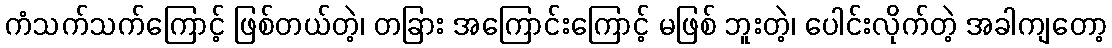
ကံသက်သက်ကြောင့် ဖြစ်တယ်တဲ့၊ တခြား အကြောင်းကြောင့် မဖြစ် ဘူးတဲ့၊ ပေါင်းလိုက်တဲ့ အခါကျတော့